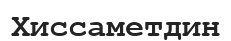
Хиссаметдин